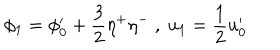
\phi _ { 1 } = \phi _ { 0 } ^ { \prime } + \frac { 3 } { 2 } \eta ^ { + } \eta ^ { - } \; , \; u _ { 1 } = \frac { 1 } { 2 } u _ { 0 } ^ { \prime }